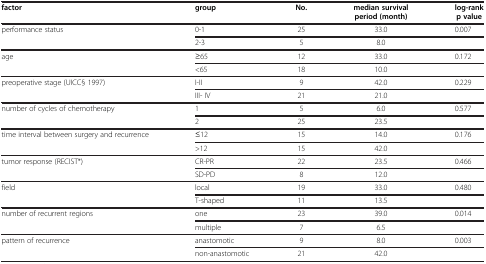
<table><thead><tr><td><b>factor</b></td><td><b>group</b></td><td><b>No.</b></td><td><b>median survival period (month)</b></td><td><b>log-rank p value</b></td></tr></thead><tbody><tr><td rowspan="2">performance status</td><td>0-1</td><td>25</td><td>33.0</td><td>0.007</td></tr><tr><td>2-3</td><td>5</td><td>8.0</td><td> </td></tr><tr><td rowspan="2">age</td><td>≥65</td><td>12</td><td>33.0</td><td>0.172</td></tr><tr><td>&lt;65</td><td>18</td><td>10.0</td><td> </td></tr><tr><td rowspan="2">preoperative stage (UICC§ 1997)</td><td>I-II</td><td>9</td><td>42.0</td><td>0.229</td></tr><tr><td>III- IV</td><td>21</td><td>21.0</td><td> </td></tr><tr><td rowspan="2">number of cycles of chemotherapy</td><td>1</td><td>5</td><td>6.0</td><td>0.577</td></tr><tr><td>2</td><td>25</td><td>23.5</td><td> </td></tr><tr><td rowspan="2">time interval between surgery and recurrence</td><td>≤12</td><td>15</td><td>14.0</td><td>0.176</td></tr><tr><td>&gt;12</td><td>15</td><td>42.0</td><td> </td></tr><tr><td rowspan="2">tumor response (RECIST*)</td><td>CR-PR</td><td>22</td><td>23.5</td><td>0.466</td></tr><tr><td>SD-PD</td><td>8</td><td>12.0</td><td> </td></tr><tr><td rowspan="2">field</td><td>local</td><td>19</td><td>33.0</td><td>0.480</td></tr><tr><td>T-shaped</td><td>11</td><td>13.5</td><td> </td></tr><tr><td rowspan="2">number of recurrent regions</td><td>one</td><td>23</td><td>39.0</td><td>0.014</td></tr><tr><td>multiple</td><td>7</td><td>6.5</td><td> </td></tr><tr><td rowspan="2">pattern of recurrence</td><td>anastomotic</td><td>9</td><td>8.0</td><td>0.003</td></tr><tr><td>non-anastomotic</td><td>21</td><td>42.0</td><td> </td></tr></tbody></table>